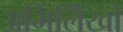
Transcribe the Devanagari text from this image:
अभिलिेखो